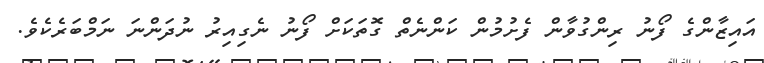
އައިޒާންގެ ފޯނު ރިންގުވާން ފެށުމުން ކަންނެތް ގޮތަކަށް ފޯނު ނެގިއިރު ނުދަންނަ ނަމްބަރެކެވެ.